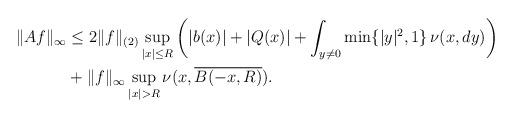
LaTeX: \begin{align*} \begin{aligned}\|Af\|_{\infty} &\leq 2\|f\|_{(2)} \sup_{|x| \leq R} \left( |b(x)|+|Q(x)| + \int_{y \neq 0} \min\{|y|^2,1\} \, \nu(x,dy) \right) \\ &+ \|f\|_{\infty} \sup_{|x|>R} \nu(x,\overline{B(-x,R)}). \end{aligned}\end{align*}